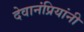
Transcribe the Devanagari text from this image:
देवानंप्रियांनी